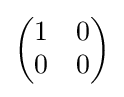
{\begin{pmatrix}1&0\\0&0\\\end{pmatrix}}